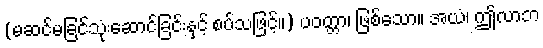
(မဆင်မခြင်သုံးဆောင်ခြင်းနှင့် စပ်သဖြင့်။) ပဝတ္တာ၊ ဖြစ်သော။ အယံ၊ ဤလာဘ